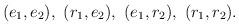
LaTeX: \begin{align*}(e_1, e_2),~ (r_1, e_2),~ (e_1, r_2),{}~ (r_1, r_2).\end{align*}